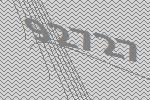
92727